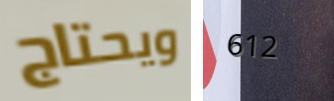
ويحتاج 612